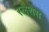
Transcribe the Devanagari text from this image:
स्लैशेस